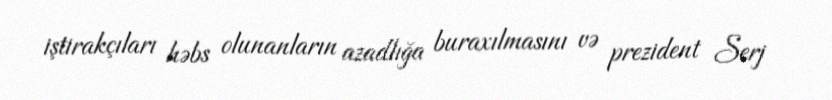
iştirakçıları həbs olunanların azadlığa buraxılmasını və prezident Serj